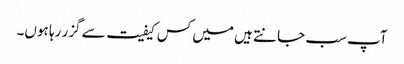
آپ سب جانتے ہیں میں کس کیفیت سے گزر رہا ہوں۔